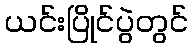
ယင်းပြိုင်ပွဲတွင်